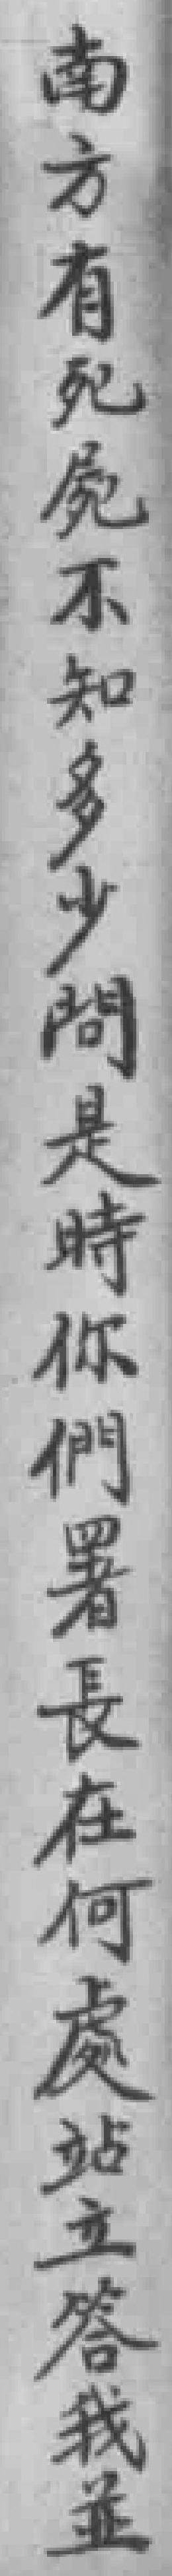
南方有死亮不知多少問是時你們署長在何處站立答我並